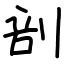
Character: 剖